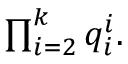
\textstyle \prod _ { i = 2 } ^ { k } q _ { i } ^ { i } .